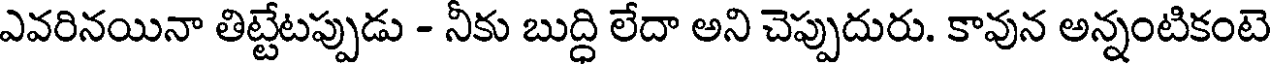
ఎవరినయినా తిట్టేటప్పుడు - నీకు బుద్ధి లేదా అని చెప్పుదురు. కావున అన్నంటికంటె